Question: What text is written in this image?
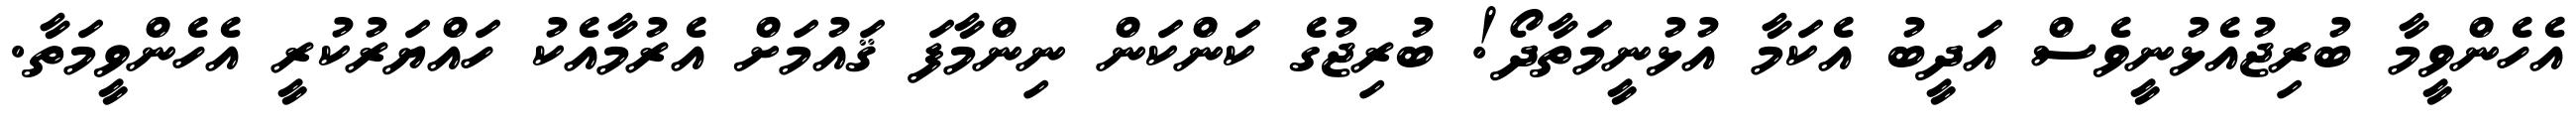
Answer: އެހެންވީމާ ބުރިޖުއެޅުނީވެސް އަދީބު އެކަމާ އުޅުނީމަތާދޯ! ބުރިޖުގެ ކަންކަން ނިންމާފަ ޤައުމަށް އެރުމާއެކު ހައްޔަރުކުރީ އެހެންވީމަތާ.